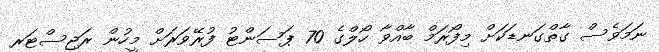
ނަމަވެސް ގާތްގަނޑަކަށް މިފޯރަމް ބާއްވާ ހޯލްގެ 70 ޕަސަންޓު ފުރޭވަރަށް މީހުން ރަޖިސްޓަރ